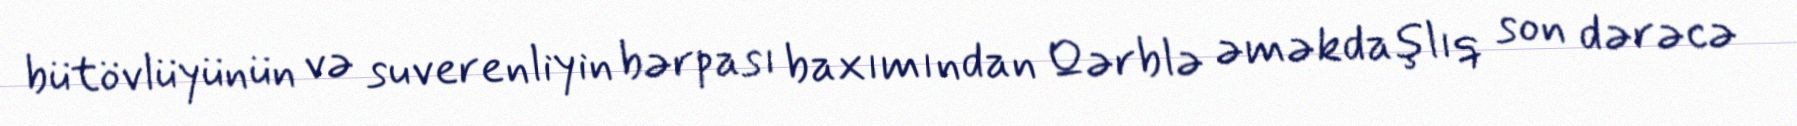
bütövlüyünün və suverenliyin bərpası baxımından Qərblə əməkdaşlıq son dərəcə